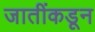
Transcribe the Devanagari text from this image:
जातींकडून